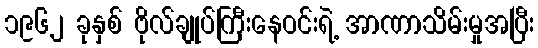
၁၉၆၂ ခုနှစ် ဗိုလ်ချုပ်ကြီးနေဝင်းရဲ့ အာဏာသိမ်းမှုအပြီး